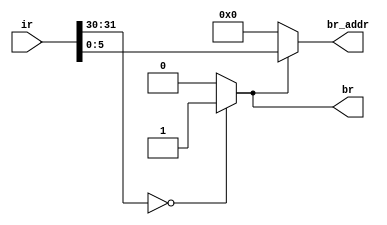
//####################################
//# Circuit: mDec                    #
//# Author: Catalin Gabriel Lipsa    #
//# Date: Apr 2, 2007                # 
//####################################

module mdec(ir, br, br_addr);
    parameter INSTR_WIDTH = 32;
    parameter ADDR_WIDTH = 6;
    //parameter CTRL_WIDTH = 15;
    
    input [INSTR_WIDTH-1:0]ir;
    output br;
    output [ADDR_WIDTH-1:0] br_addr;
    //output [CTRL_WIDTH-1:0] ctrl;
    
    assign br = (ir[INSTR_WIDTH-1:INSTR_WIDTH-2]==2'b00) ? 1'b1 : 1'b0;
    assign br_addr = br ? ir[ADDR_WIDTH-1:0] : 6'b000000; 
    //assign ctrl = ir[CTRL_WIDTH+ADDR_WIDTH-1:ADDR_WIDTH];
endmodule